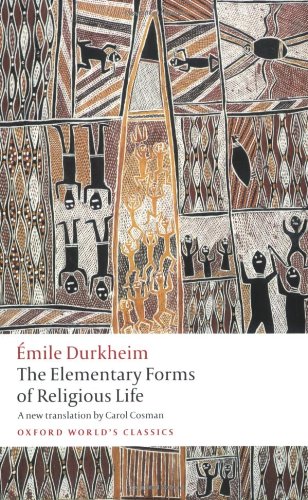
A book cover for The Elementary Forms of Religious Life; Emile Durkheim; Religion & Spirituality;